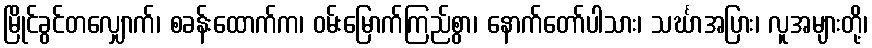
မြိုင်ခွင်တလျှောက်၊ စခန်းထောက်က၊ ဝမ်းမြောက်ကြည်စွာ၊ နောက်တော်ပါသား၊ သင်္ဃာအပြား၊ လူအများတို့၊